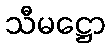
သီမဋ္ဌော